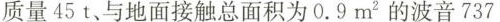
质量45t、与地面接触总面积为0.9m^{2}的波音737